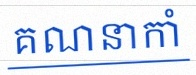
គណនាកាំ